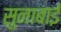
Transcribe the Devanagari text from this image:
सुनाबाई